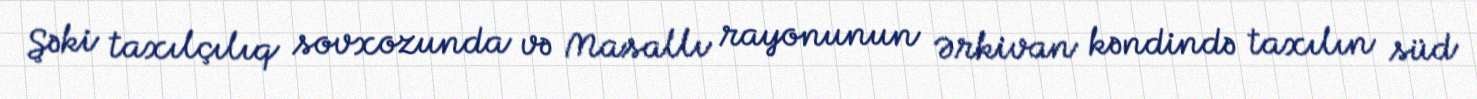
Şəki taxılçılıq sovxozunda və Masallı rayonunun Ərkivan kəndində taxılın süd